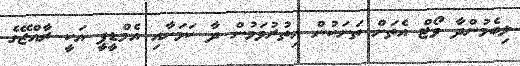
ލިބެމުންދާ ވޯޓް އެތަށް ތަނަކުން އިތުރުވަމުން ދާ ކަމަށާއި އެމްޑީޕީ އަކީ ރާއްޖޭގެ